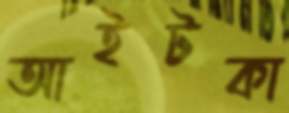
আইটকা